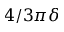
4 / 3 \pi \delta